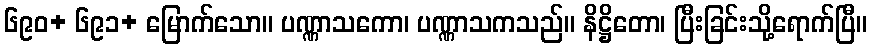
၆၉၀+ ၆၉၁+ မြောက်သော။ ပဏ္ဏာသကော၊ ပဏ္ဏာသကသည်။ နိဋ္ဌိတော၊ ပြီးခြင်းသို့ရောက်ပြီ။